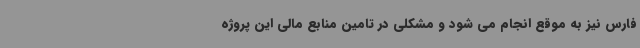
فارس نیز به موقع انجام می شود و مشکلی در تامین منابع مالی این پروژه